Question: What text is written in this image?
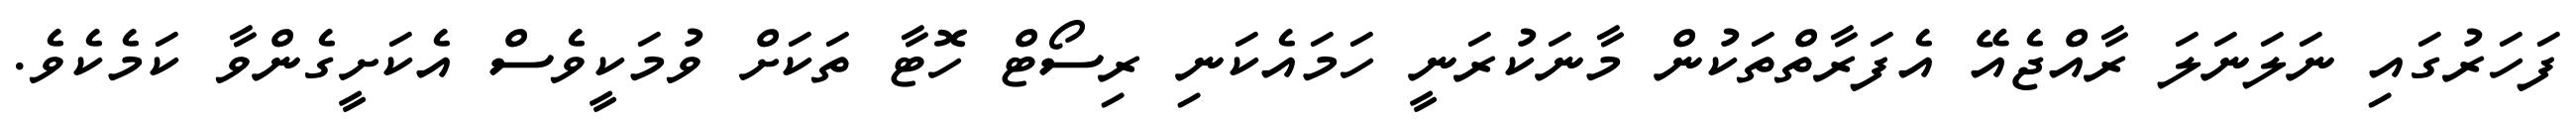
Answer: ފަހަރުގައި ނަލަނަލަ ރާއްޖެއޭ އެފަރާތްތަކުން މާނަކުރަނީ ހަމައެކަނި ރިސޯޓް ހޮޓާ ތަކަށް ވުމަކީވެސް އެކަށީގެންވާ ކަމެކެވެ.